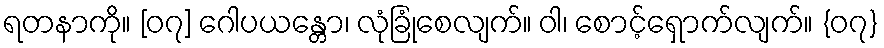
ရတနာကို။ [၀၇] ဂေါပယန္တော၊ လုံခြုံစေလျက်။ ဝါ၊ စောင့်ရှောက်လျက်။ {၀၇}